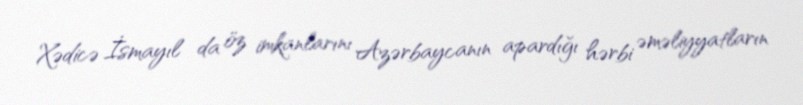
Xədicə İsmayıl da öz imkanlarını Azərbaycanın apardığı hərbi əməliyyatların